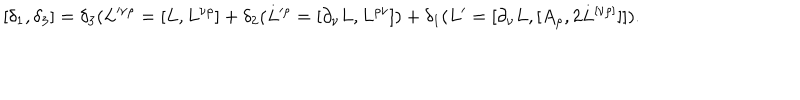
LaTeX: [ \delta _ { 1 } , \delta _ { 3 } ] = \delta _ { 3 } ( L ^ { \nu \rho } = [ L , L ^ { \nu \rho } ] + \delta _ { 2 } ( L ^ { \rho } = [ \partial _ { \nu } L , L ^ { \rho \nu } ] ) + \delta _ { 1 } ( L ^ { \prime } = [ \partial _ { \nu } L , [ A _ { \rho } , 2 L ^ { [ \nu \rho ] } ] ] ) .